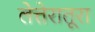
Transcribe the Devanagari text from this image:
लेत्तेरातूरा